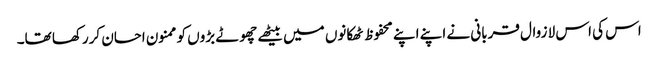
اس کی اس لا زوال قربانی نے اپنے اپنے محفوظ ٹھکانوں میں بیٹھے چھوٹے بڑوں کو ممنون احسان کررکھا تھا۔